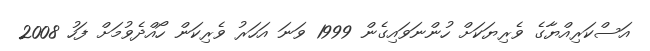
އަސްކަރިއްޔާގެ ވެރިޔަކަށް ހުންނަވައިގެން 1999 ވަނަ އަހަރު ވެރިކަން ހޯއްދެވުމަށް ފަހު 2008